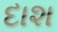
દાશ